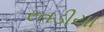
રતડીયા